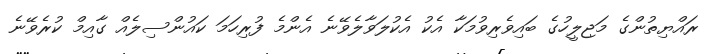
ރައްޔިތުންގެ މަޖިލީހުގެ ބައިވެރިވުމަކާ އެކު އެކުލަވާލެވޭނެ އެންމެ ފުރިހަމަ ކައުންސިލެއް ގާއިމް ކުރެވޭނެ